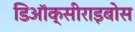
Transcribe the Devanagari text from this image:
डिऑक्सीराइबोस